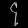
Digit: ၄